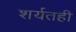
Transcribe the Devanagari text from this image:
शर्यतही